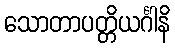
သောတာပတ္တိယင်္ဂါနိ